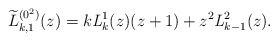
\begin{gather*} \widetilde{L}_{k,1}^{(0^{2})}(z) =k\mathit{L} _{k}^{1}(z) (z+1) +z^{2}\mathit{L}_{k-1}^{2}( z) .\end{gather*}